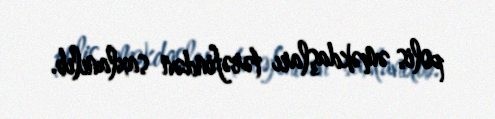
polis əməkdaşları tərəfindən saxlanılıb.